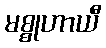
မစ္စုဟာယီ